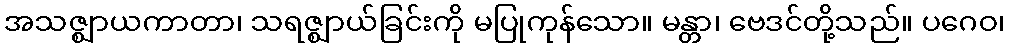
အသဇ္ဈာယကာတာ၊ သရဇ္ဈာယ်ခြင်းကို မပြုကုန်သော။ မန္တာ၊ ဗေဒင်တို့သည်။ ပဂေဝ၊